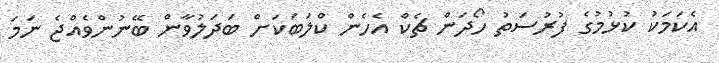
އެކަަމަކު ކުޅުމުގެ ފުރުސަތު ހޯދަން ޗެކް އެހެން ކްލަަބަކަށް ބަދަލުވާން ބޭނުންވެއްޖެ ނަމަ